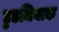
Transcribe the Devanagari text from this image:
डुडजियाक